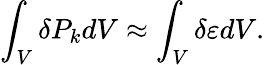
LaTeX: \int_{V}\delta P_{k}dV\approx\int_{V}\delta\varepsilon dV.